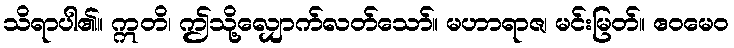
သိရာပါ၏။ ဣတိ၊ ဤသို့လျှောက်လတ်သော်။ မဟာရာဇ၊ မင်းမြတ်။ ဧဝမေဝ